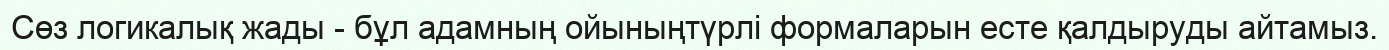
Сөз логикалық жады - бұл адамның ойыныңтүрлі формаларын есте қалдыруды айтамыз.